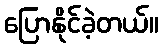
ပြောနိုင်ခဲ့တယ်။